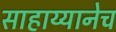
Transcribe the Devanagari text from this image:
साहाय्यानेच